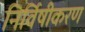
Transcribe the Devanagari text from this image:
निर्विषीकरण